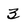
Character: 3